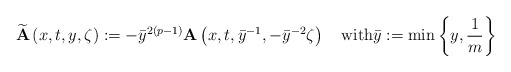
\begin{align*}\widetilde{\mathbf{A}}\left(x,t,y,\zeta\right):=-\bar{y}^{2(p-1)}\mathbf{A}\left(x,t,\bar{y}^{-1},-\bar{y}^{-2}\zeta\right) \quad{\textrm{with}}\bar{y}:=\min\left\{y,\frac{1}{m}\right\}\end{align*}